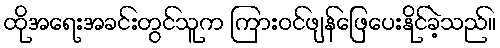
ထိုအရေးအခင်းတွင်သူက ကြားဝင်ဖျန်ဖြေပေးနိုင်ခဲ့သည်။